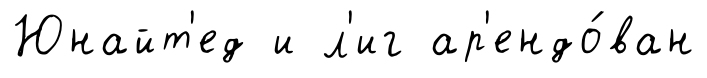
Юнайт'ед и л'иг ар'ендо́ван